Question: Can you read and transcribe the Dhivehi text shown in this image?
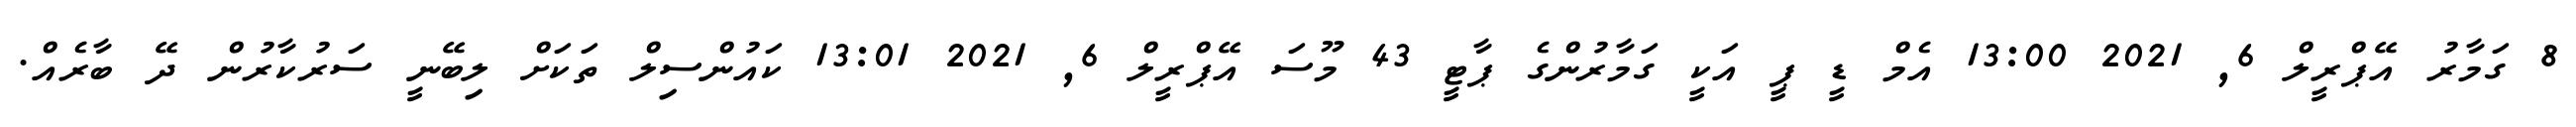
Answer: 8 ގަމާރު އޭޕްރީލް 6, 2021 13:00 އެމް ޑީ ޕީ އަކީ ގަމާރުންގެ ޕާޓީ 43 މޫސަ އޭޕްރީލް 6, 2021 13:01 ކައުންސިލް ތަކަށް ލިބޭނީ ސަރުކާރުން ދޭ ބާރެއް.